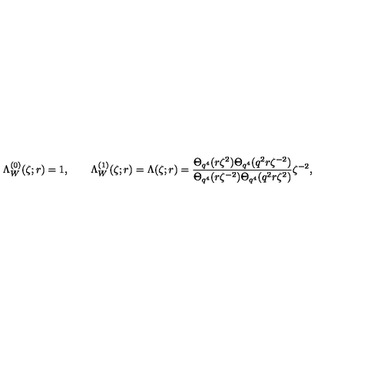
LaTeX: \Lambda _ { W } ^ { ( 0 ) } ( \zeta ; r ) = 1 , \qquad \Lambda _ { W } ^ { ( 1 ) } ( \zeta ; r ) = \Lambda ( \zeta ; r ) = \frac { \Theta _ { q ^ { 4 } } ( r \zeta ^ { 2 } ) \Theta _ { q ^ { 4 } } ( q ^ { 2 } r \zeta ^ { - 2 } ) } { \Theta _ { q ^ { 4 } } ( r \zeta ^ { - 2 } ) \Theta _ { q ^ { 4 } } ( q ^ { 2 } r \zeta ^ { 2 } ) } \zeta ^ { - 2 } ,